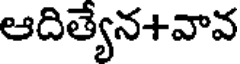
ఆదిత్యేన+వావ